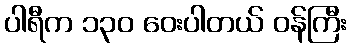
ပါရီက ၁၃၀ ဝေးပါတယ် ဝန်ကြီး